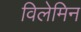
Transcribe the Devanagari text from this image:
विलेमिन